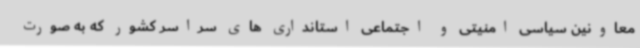
معاونین سیاسی امنیتی و اجتماعی استانداری های سراسر کشور که به صورت